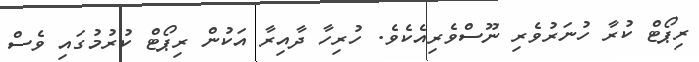
ރިޕޯޓް ކުރާ ހުނަރުވެރި ނޫސްވެރިއެކެވެ. ހުރިހާ ދާއިރާ އަކުން ރިޕޯޓް ކުރުމުގައި ވެސް